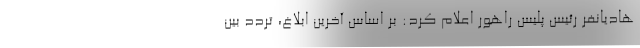
هادیانفر رئیس پلیس راهور اعلام کرد: بر اساس آخرین ابلاغ، تردد بین